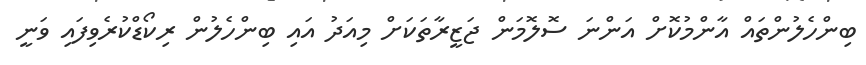
ބިންހެލުންތައް އާންމުކޮށް އަންނަ ސޮލޮމަން ޖަޒީރާތަކަށް މިއަދު އައި ބިންހެލުން ރިކޯޑްކުރެވިފައި ވަނީ